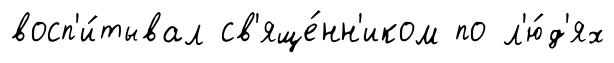
восп'и́тывал св'яще́нн'иком по л'ю́д'ях